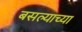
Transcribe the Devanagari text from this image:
बसल्याच्या